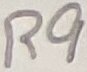
Text: R9